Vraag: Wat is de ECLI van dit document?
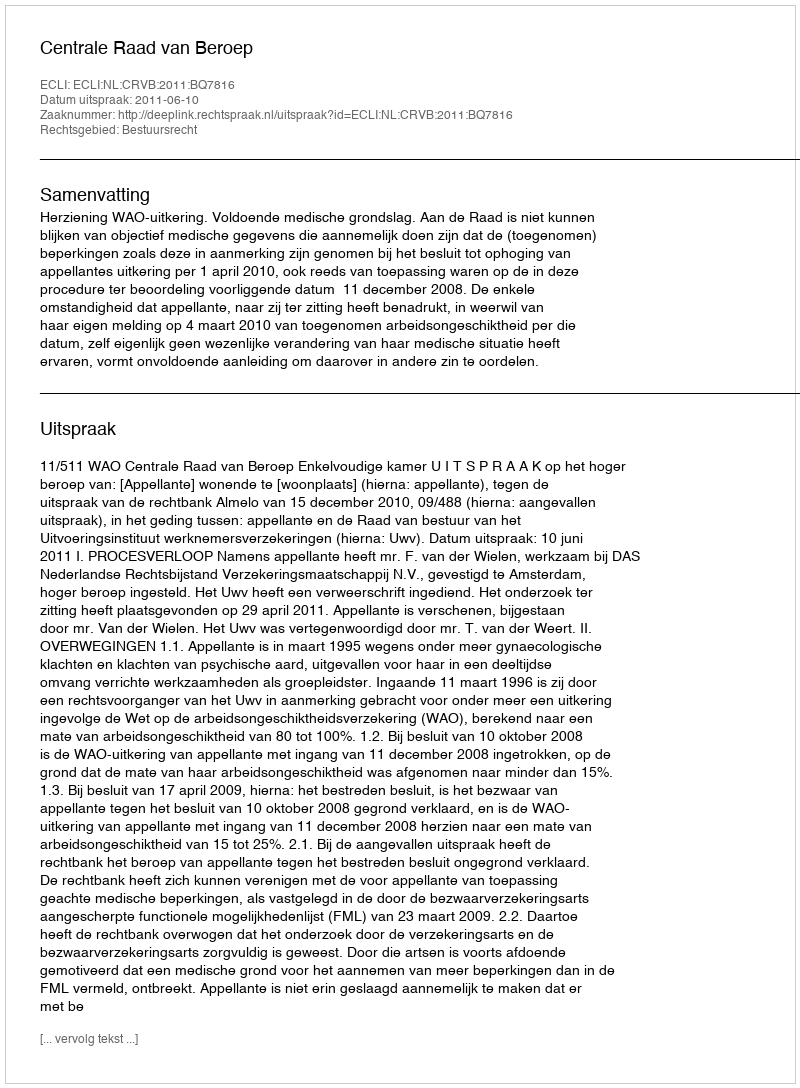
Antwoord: ECLI:NL:CRVB:2011:BQ7816